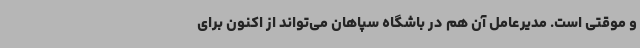
و موقتی است. مدیرعامل آن هم در باشگاه سپاهان می‌تواند از اکنون برای